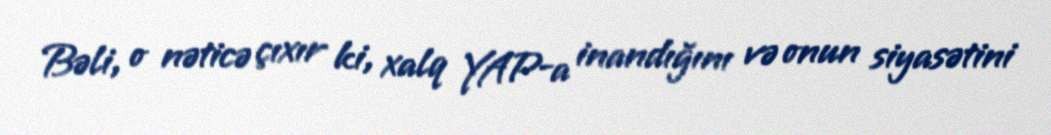
Bəli, o nəticə çıxır ki, xalq YAP-a inandığını və onun siyasətini